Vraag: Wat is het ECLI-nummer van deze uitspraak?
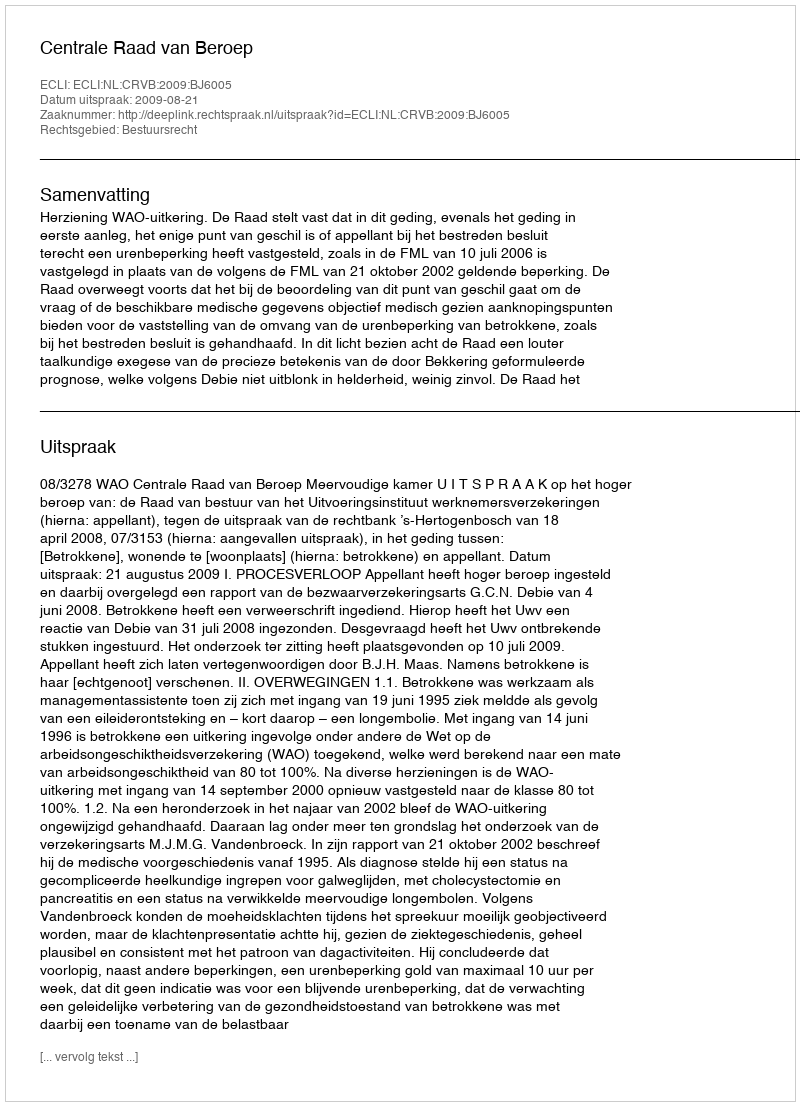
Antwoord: ECLI:NL:CRVB:2009:BJ6005